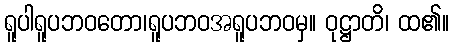
ရူပါရူပဘဝတော၊ရူပဘဝအရူပဘဝမှ။ ဝုဋ္ဌာတိ၊ ထ၏။